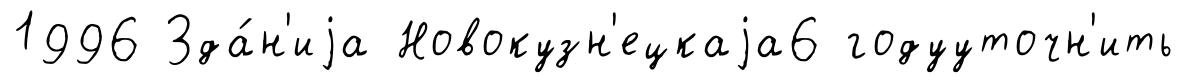
1996 Зда́н'иjа Новокузн'ецкаjа6 годууточн'ить